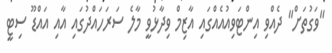
"ވަގުތަށް" ދެއްވި އިންޓަވިއުއެއްގައި އާޒިމް ވިދާޅުވީ މާލެ ސަރަހައްދުގައި އާއި އައްޑޫ ސިޓީ